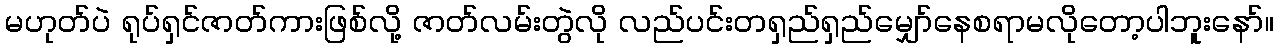
မဟုတ်ပဲ ရုပ်ရှင်ဇာတ်ကားဖြစ်လို့ ဇာတ်လမ်းတွဲလို လည်ပင်းတရှည်ရှည်မျှော်နေစရာမလိုတော့ပါဘူးနော်။